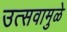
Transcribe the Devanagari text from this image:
उत्सवामुळे